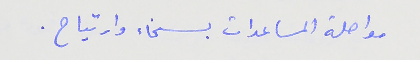
مواصلة المساعدات بسخاء وارتياح .